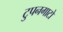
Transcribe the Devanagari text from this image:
टुपनगाटो